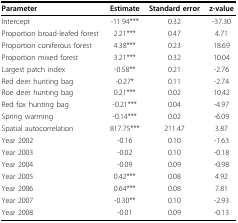
| Parameter | Estimate | Standard error | z-value |
 | --- | --- | --- | --- |
 | Intercept | -11.94*** | 0.32 | -37.30 |
 | Proportion broad-leafed forest | 2.21*** | 0.47 | 4.71 |
 | Proportion coniferous forest | 4.38*** | 0.23 | 18.69 |
 | Proportion mixed forest | 3.21*** | 0.32 | 10.04 |
 | Largest patch index | -0.58** | 0.21 | -2.76 |
 | Red deer hunting bag | -0.27* | 0.11 | -2.74 |
 | Roe deer hunting bag | 0.21*** | 0.02 | 10.42 |
 | Red fox hunting bag | -0.21*** | 0.04 | -4.97 |
 | Spring warming | -0.14*** | 0.02 | -6.09 |
 | Spatial autocorrelation | 817.75*** | 211.47 | 3.87 |
 | Year 2002 | -0.16 | 0.10 | -1.63 |
 | Year 2003 | -0.02 | 0.10 | -0.18 |
 | Year 2004 | -0.09 | 0.09 | -0.98 |
 | Year 2005 | 0.42*** | 0.08 | 4.92 |
 | Year 2006 | 0.64*** | 0.08 | 7.81 |
 | Year 2007 | -0.30** | 0.10 | -2.93 |
 | Year 2008 | -0.01 | 0.09 | -0.13 |